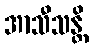
အာသီသန္တိ